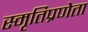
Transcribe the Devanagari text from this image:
स्मृतिप्रणेता